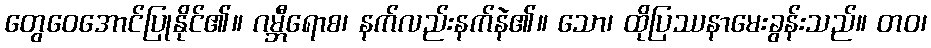
တွေဝေအောင်ပြုနိုင်၏။ ဂမ္ဘီရောစ၊ နက်လည်းနက်နဲ၏။ သော၊ ထိုပြဿနာမေးခွန်းသည်။ တဝ၊